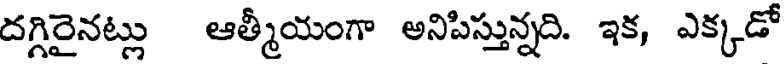
దగ్గిరైనట్లు ఆత్మీయంగా అనిపిస్తున్నది. ఇక, ఎక్కడో